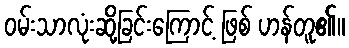
ဝမ်းသာလုံးဆို့ခြင်းကြောင့် ဖြစ် ဟန်တူ၏။